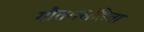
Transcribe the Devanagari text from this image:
गौतमसंहिता